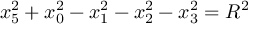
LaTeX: x _ { 5 } ^ { 2 } + x _ { 0 } ^ { 2 } - x _ { 1 } ^ { 2 } - x _ { 2 } ^ { 2 } - x _ { 3 } ^ { 2 } = R ^ { 2 }